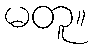
မတူ။